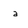
Character: a